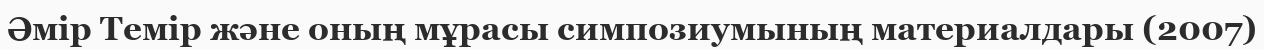
Әмір Темір және оның мұрасы симпозиумының материалдары (2007)